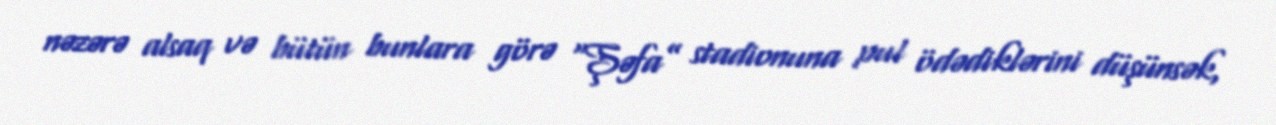
nəzərə alsaq və bütün bunlara görə “Şəfa” stadionuna pul ödədiklərini düşünsək,